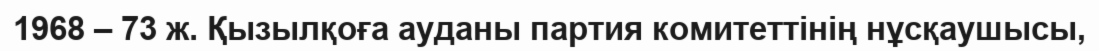
1968 – 73 ж. Қызылқоға ауданы партия комитеттінің нұсқаушысы,